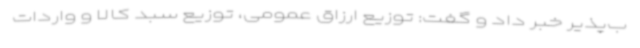
ب‌پذیر خبر داد و گفت: توزیع ارزاق عمومی، توزیع سبد کالا و واردات